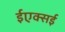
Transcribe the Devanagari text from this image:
ईएक्सई